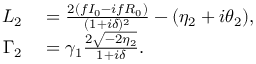
\begin{array} { r l } { L _ { 2 } } & { { } = \frac { 2 ( f I _ { 0 } - i f R _ { 0 } ) } { ( 1 + i \delta ) ^ { 2 } } - ( \eta _ { 2 } + i \theta _ { 2 } ) , } \\ { \Gamma _ { 2 } } & { { } = \gamma _ { 1 } \frac { 2 \sqrt { - 2 \eta _ { 2 } } } { 1 + i \delta } . } \end{array}